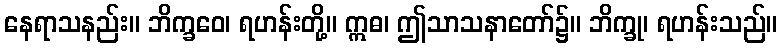
နေရာသနည်း။ ဘိက္ခဝေ၊ ရဟန်းတို့။ ဣဓ၊ ဤသာသနာတော်၌။ ဘိက္ခု၊ ရဟန်းသည်။